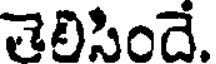
తెలిసిందే.